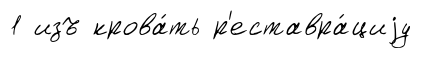
1 изъ крова́ть р'еставра́циjу